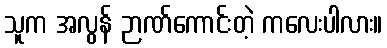
သူက အလွန် ဉာဏ်ကောင်းတဲ့ ကလေးပါလား။